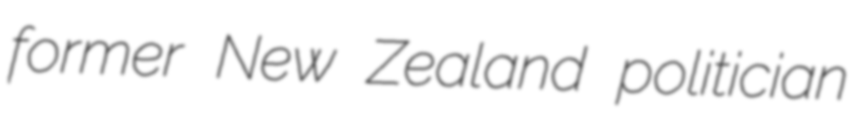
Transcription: former New Zealand politician